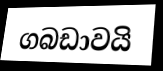
ගබඩාවයි